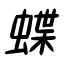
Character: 蝶